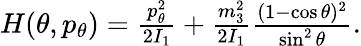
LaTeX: \begin{array}{r}{H(\theta,p_{\theta})=\frac{p_{\theta}^{2}}{2I_{1}}+\frac{m_{3}^{2}}{2I_{1}}\frac{(1-\cos\theta)^{2}}{\sin^{2}\theta}.}\end{array}